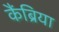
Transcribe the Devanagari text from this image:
कैंब्रिया